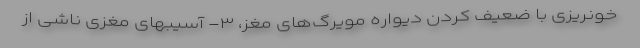
خونریزی با ضعیف کردن دیواره مویرگ‌های مغز، ۳- آسیبهای مغزی ناشی از